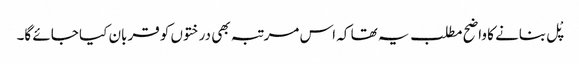
پْل بنانے کا واضح مطلب یہ تھا کہ اس مرتبہ بھی درختوں کو قربان کیا جائے گا۔